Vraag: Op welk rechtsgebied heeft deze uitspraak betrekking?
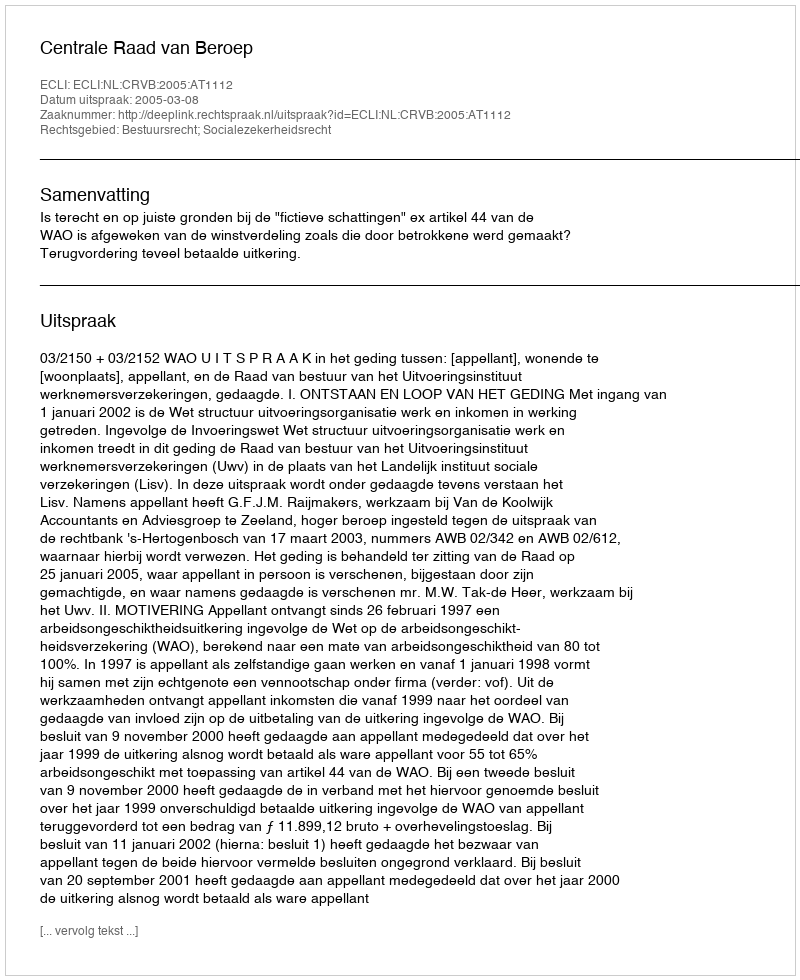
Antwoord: Bestuursrecht; Socialezekerheidsrecht